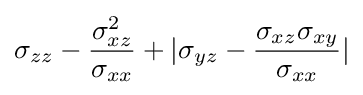
\sigma _{zz}-{\frac {\sigma _{xz}^{2}}{\sigma _{xx}}}+|\sigma _{yz}-{\frac {\sigma _{xz}\sigma _{xy}}{\sigma _{xx}}}|